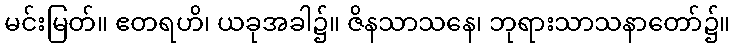
မင်းမြတ်။ ဧတရဟိ၊ ယခုအခါ၌။ ဇိနသာသနေ၊ ဘုရားသာသနာတော်၌။